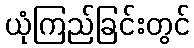
ယုံကြည်ခြင်းတွင်